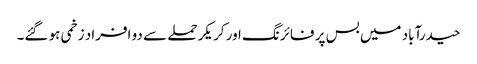
حیدرآباد میں بس پر فائرنگ اور کریکر حملے سے دو افراد زخمی ہو گئے۔